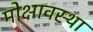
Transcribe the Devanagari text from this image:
मोक्षावस्था